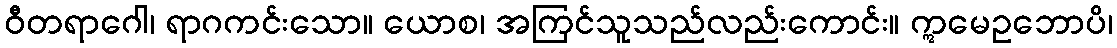
ဝီတရာဂေါ၊ ရာဂကင်းသော။ ယောစ၊ အကြင်သူသည်လည်းကောင်း။ ဣမေဥဘောပိ၊